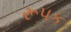
રૂપક